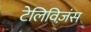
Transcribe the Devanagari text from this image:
टेलिविज़ंस